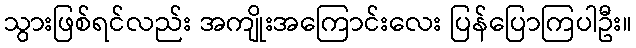
သွားဖြစ်ရင်လည်း အကျိုးအကြောင်းလေး ပြန်ပြောကြပါဦး။